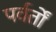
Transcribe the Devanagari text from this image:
पर्वर्तों